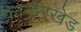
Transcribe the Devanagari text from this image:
कान्हेरखेड